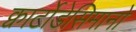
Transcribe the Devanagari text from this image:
क्वार्टोडेसिमानो